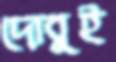
দোবুই